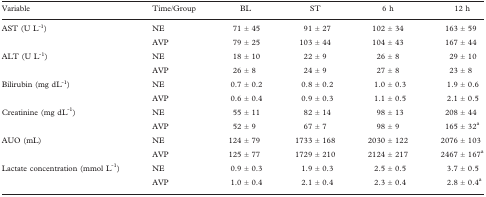
| Variable | Time/Group | BL | ST | 6 h | 12 h |
 | --- | --- | --- | --- | --- | --- |
 | AST (U L-1) | NE | 71 ± 45 | 91 ± 27 | 102 ± 34 | 163 ± 59 |
 |  | AVP | 79 ± 25 | 103 ± 44 | 104 ± 43 | 167 ± 44 |
 | ALT (U L-1) | NE | 18 ± 10 | 22 ± 9 | 26 ± 8 | 29 ± 10 |
 |  | AVP | 26 ± 8 | 24 ± 9 | 27 ± 8 | 23 ± 8 |
 | Bilirubin (mg dL-1) | NE | 0.7 ± 0.2 | 0.8 ± 0.2 | 1.0 ± 0.3 | 1.9 ± 0.6 |
 |  | AVP | 0.6 ± 0.4 | 0.9 ± 0.3 | 1.1 ± 0.5 | 2.1 ± 0.5 |
 | Creatinine (mg dL-1) | NE | 55 ± 11 | 82 ± 14 | 98 ± 13 | 208 ± 44 |
 |  | AVP | 52 ± 9 | 67 ± 7 | 98 ± 9 | 165 ± 32a |
 | AUO (mL) | NE | 124 ± 79 | 1733 ± 168 | 2030 ± 122 | 2076 ± 103 |
 |  | AVP | 125 ± 77 | 1729 ± 210 | 2124 ± 217 | 2467 ± 167a |
 | Lactate concentration (mmol L-1) | NE | 0.9 ± 0.3 | 1.9 ± 0.3 | 2.5 ± 0.5 | 3.7 ± 0.5 |
 |  | AVP | 1.0 ± 0.4 | 2.1 ± 0.4 | 2.3 ± 0.4 | 2.8 ± 0.4a |